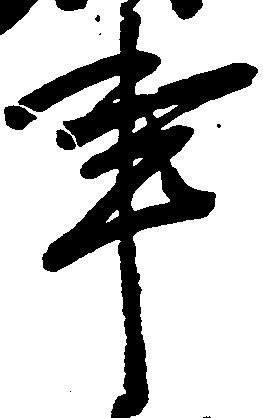
事